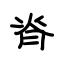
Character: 脊